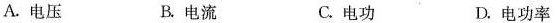
A.电压 B.电流 C.电功 D.电功率